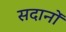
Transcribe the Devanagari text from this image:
सदानों